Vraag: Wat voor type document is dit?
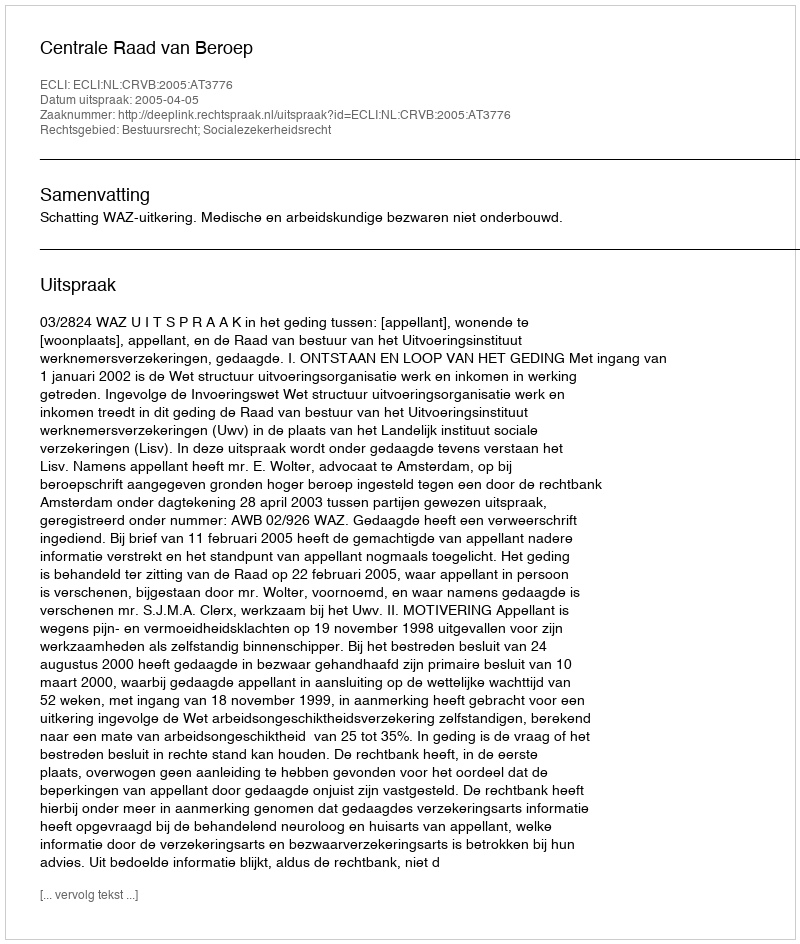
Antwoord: Uitspraak